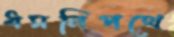
ধমনিপথে